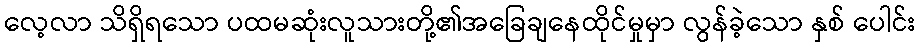
လေ့လာ သိရှိရသော ပထမဆုံးလူသားတို့၏အခြေချနေထိုင်မှုမှာ လွန်ခဲ့သော နှစ် ပေါင်း